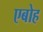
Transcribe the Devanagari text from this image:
एबोह